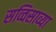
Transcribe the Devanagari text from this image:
सव्विसाव्या